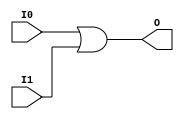
// $Header: /devl/xcs/repo/env/Databases/CAEInterfaces/xec_libs/data/unisims/OR2.v,v 1.1 2005/05/10 01:20:08 wloo Exp $

/*

FUNCTION	: 2-INPUT OR GATE

*/

`celldefine
`timescale  100 ps / 10 ps

module OR2 (O, I0, I1);

    output O;

    input  I0, I1;

    or O1 (O, I0, I1);

endmodule